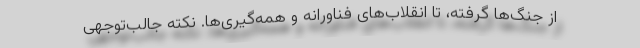
از جنگ‌ها گرفته، تا انقلاب‌های فناورانه و همه‌گیری‌ها. نکته جالب‌توجهی